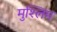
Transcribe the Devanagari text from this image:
मुश्लिम